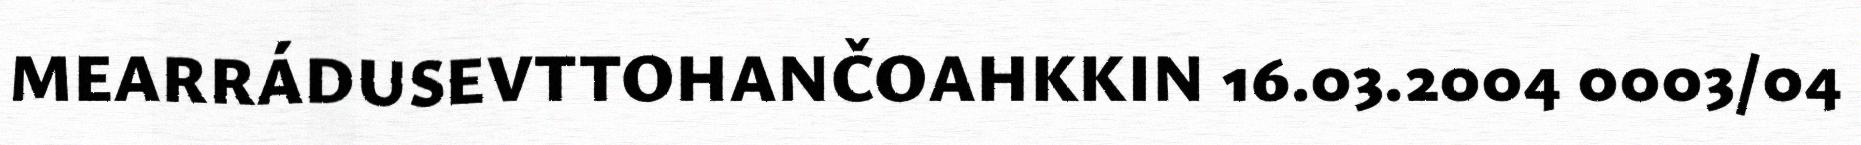
MEARRÁDUSEVTTOHANČOAHKKIN 16.03.2004 0003/04